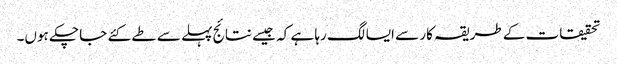
تحقیقات کے طریقہ کار سے ایسا لگ رہا ہے کہ جیسے نتائج پہلے سے طے کئے جا چکے ہوں۔